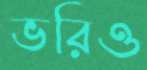
ভরিও